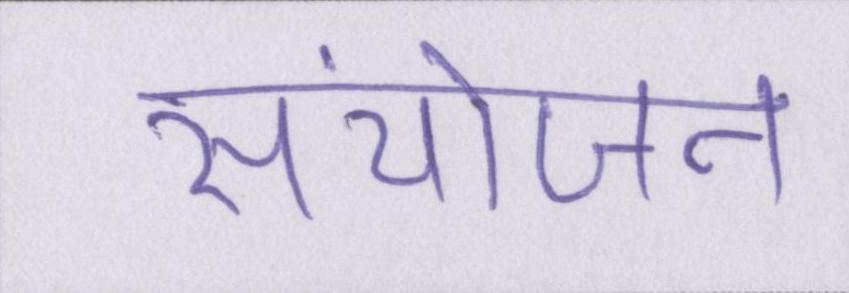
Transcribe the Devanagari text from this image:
संयोजन